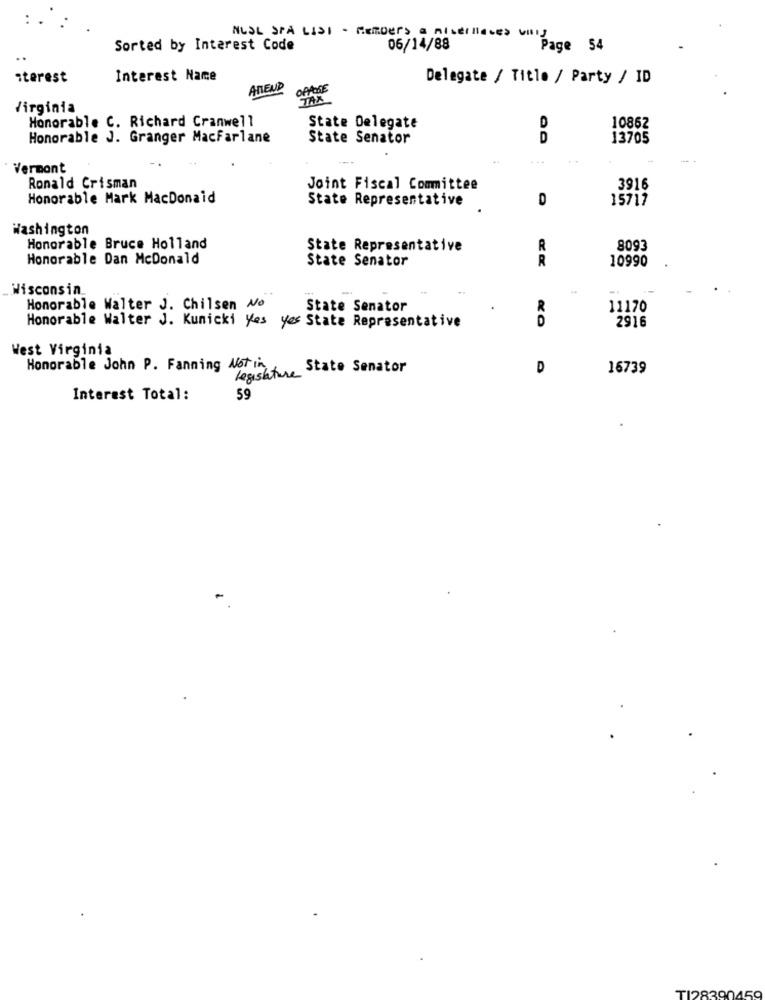
: .
NUDL SPA LISI - Members a mistillates unis
Sorted by Interest Code
06/14/88
Page 54
iterest
Interest Name
Delegate / Title / Party / ID
AnEND
OffORE
Virginia
Honorable C. Richard Cranwell
State Delegate
10862
Honorable J. Granger Macfarlane
State Senator
D
13705
Vermont
Ronald Crisman
Joint Fiscal Committee
3916
Honorable Mark MacDonald
State Representative
15717
Washington
Honorable Bruce Holland
State Representative
R
8093
Honorable Dan McDonald
State Senator
R
10990
Wisconsin
Honorable Walter J. Chilsen No
State Senator
R
11170
Honorable Walter J. Kunicki Yes Yes State Representative
2916
West Virginia
Honorable John P. Fanning Notin
legislature State Senator
D
16739
Interest Total:
59
TI28390459